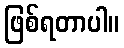
ဖြစ်ရတာပါ။